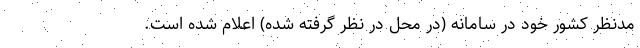
مدنظر کشور خود در سامانه (در محل در نظر گرفته شده) اعلام شده است.